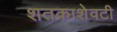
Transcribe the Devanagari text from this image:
शतकाशेवटी